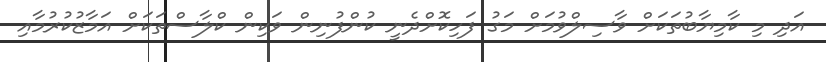
އަދި މި ކާމިޔާބުތަކަށް ވާސިލްވުމަށް މަގު ފަހިކޮށްދެނީ ކުންފުނިން ވަކިން ކްލާސްތަކަށް އަމާޒުކުރުމާއި